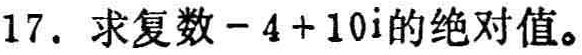
17. 求复数\(-4 + 10i\)的绝对值。